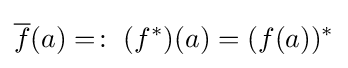
{\overline {f}}(a)=\colon \;(f^{*})(a)=(f(a))^{*}